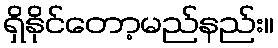
ရှိနိုင်တော့မည်နည်း။